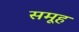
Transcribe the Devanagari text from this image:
समूूह